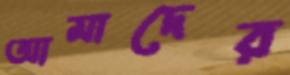
আমাদের